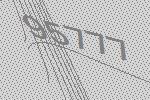
95777